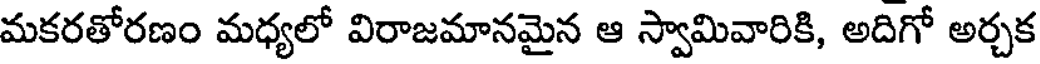
మకరతోరణం మధ్యలో విరాజమానమైన ఆ స్వామివారికి, అదిగో అర్చక